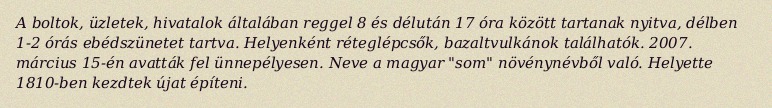
A boltok, üzletek, hivatalok általában reggel 8 és délután 17 óra között tartanak nyitva, délben 1-2 órás ebédszünetet tartva. Helyenként réteglépcsők, bazaltvulkánok találhatók. 2007. március 15-én avatták fel ünnepélyesen. Neve a magyar "som" növénynévből való. Helyette 1810-ben kezdtek újat építeni.